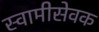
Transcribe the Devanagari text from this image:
स्वामीसेवक